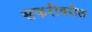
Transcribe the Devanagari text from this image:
सफरीवरील